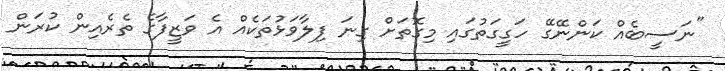
"ނަސީބެއް ކަންނޭގޭ ހަގީގަތުގައި މިގޮތަށް ގިނަ ފިލާވަޅުތަކެއް އެ ވަޒީފާގެ ތެރެއިން ކުރަން